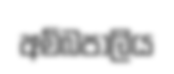
අම්බපාලිය